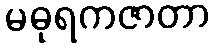
မဓုရကဇာတာ